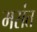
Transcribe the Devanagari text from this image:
मसंत